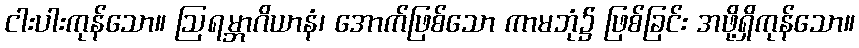
ငါးပါးကုန်သော။ ဩရမ္ဘာဂိယာနံ၊ အောက်ဖြစ်သော ကာမဘုံ၌ ဖြစ်ခြင်း အဖို့ရှိကုန်သော။